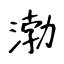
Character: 渤